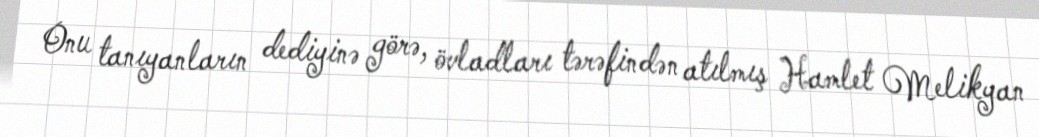
Onu tanıyanların dediyinə görə, övladları tərəfindən atılmış Hamlet Melikyan